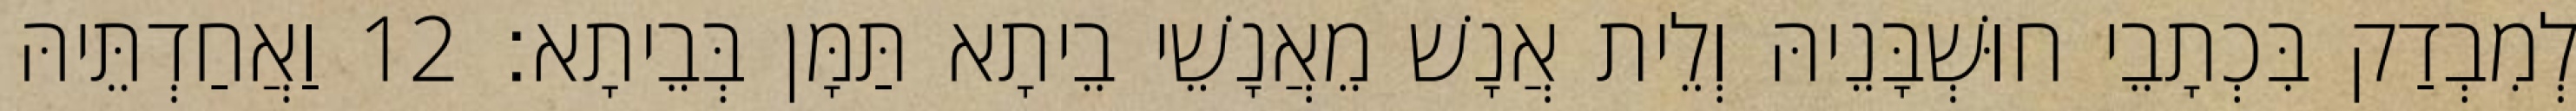
לְמִבְדַק בִּכְתָבֵי חוּשְׁבָּנֵיהּ וְלֵית אֲנָשׁ מֵאֲנָשֵׁי בֵיתָא תַּמָּן בְּבֵיתָא׃ 12 וַאֲחַדְתֵּיהּ